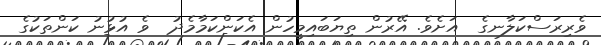
ވެރިރަސްކަލާނގެ  އަށެވެ. އޭރުން ތިޔަބައިމީހުން އެކަންކަމާމެދު  ވެ އުޅުނު ކަންތަކުގެ